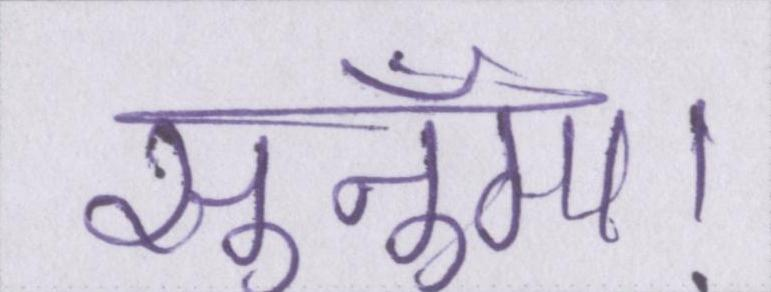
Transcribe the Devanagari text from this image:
सुनूँगा।